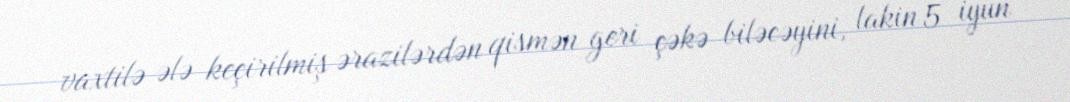
vaxtilə ələ keçirilmiş ərazilərdən qismən geri çəkə biləcəyini, lakin 5 iyun